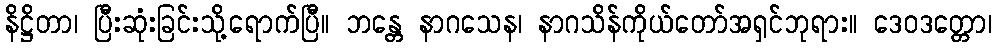
နိဋ္ဌိတာ၊ ပြီးဆုံးခြင်းသို့ရောက်ပြီ။ ဘန္တေ နာဂသေန၊ နာဂသိန်ကိုယ်တော်အရှင်ဘုရား။ ဒေဝဒတ္တော၊